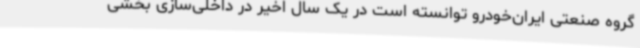
گروه صنعتی ایران‌خودرو توانسته است در یک سال اخیر در داخلی‌سازی بخشی